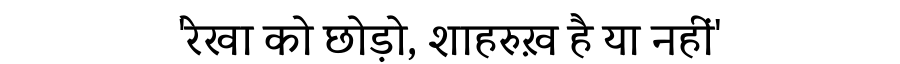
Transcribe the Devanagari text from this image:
'रेखा को छोड़ो, शाहरुख़ है या नहीं'